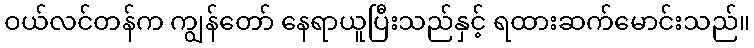
ဝယ်လင်တန်က ကျွန်တော် နေရာယူပြီးသည်နှင့် ရထားဆက်မောင်းသည်။